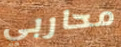
محاربي